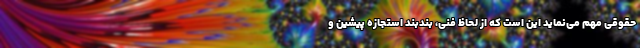
حقوقی مهم می‌نماید این است که از لحاظ فنی، بندبند استجازه پیشین و